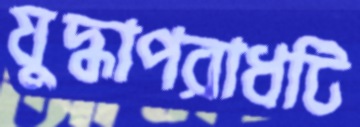
যুদ্ধাপরাধটি